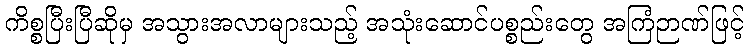
ကိစ္စပြီးပြီဆိုမှ အသွားအလာများသည့် အသုံးဆောင်ပစ္စည်းတွေ အကြံဉာဏ်ဖြင့်